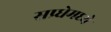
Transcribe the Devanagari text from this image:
सप्र्धेमध्ये